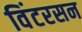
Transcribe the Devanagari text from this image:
विंटरसन